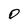
Character: O